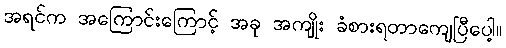
အရင်က အကြောင်းကြောင့် အခု အကျိုး ခံစားရတာကျေပြီပေါ့။